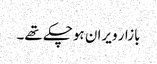
بازار ویران ہوچکے تھے۔